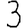
Digit: 3